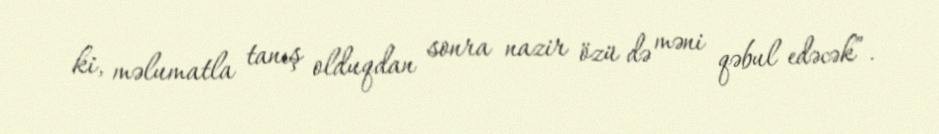
ki, məlumatla tanış olduqdan sonra nazir özü də məni qəbul edəcək”.